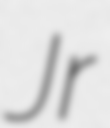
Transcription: Jr